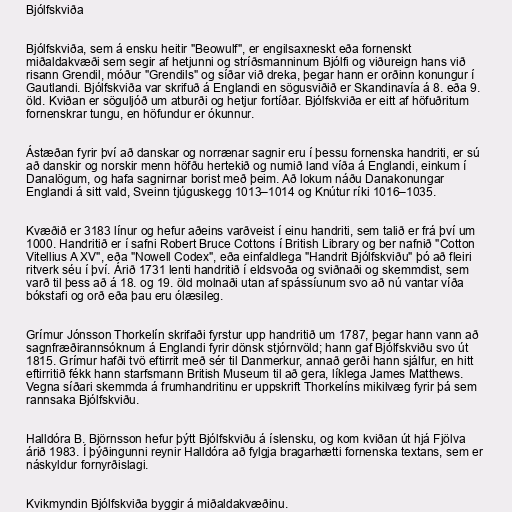
Bjólfskviða

Bjólfskviða, sem á ensku heitir "Beowulf", er engilsaxneskt eða fornenskt
miðaldakvæði sem segir af hetjunni og stríðsmanninum Bjólfi og viðureign hans við
risann Grendil, móður "Grendils" og síðar við dreka, þegar hann er orðinn konungur í
Gautlandi. Bjólfskviða var skrifuð á Englandi en sögusviðið er Skandinavía á 8. eða 9.
öld. Kviðan er söguljóð um atburði og hetjur fortíðar. Bjólfskviða er eitt af höfuðritum
fornenskrar tungu, en höfundur er ókunnur.

Ástæðan fyrir því að danskar og norrænar sagnir eru í þessu fornenska handriti, er sú
að danskir og norskir menn höfðu hertekið og numið land víða á Englandi, einkum í
Danalögum, og hafa sagnirnar borist með þeim. Að lokum náðu Danakonungar
Englandi á sitt vald, Sveinn tjúguskegg 1013–1014 og Knútur ríki 1016–1035.

Kvæðið er 3183 línur og hefur aðeins varðveist í einu handriti, sem talið er frá því um
1000. Handritið er í safni Robert Bruce Cottons í British Library og ber nafnið "Cotton
Vitellius A XV", eða "Nowell Codex", eða einfaldlega "Handrit Bjólfskviðu" þó að fleiri
ritverk séu í því. Árið 1731 lenti handritið í eldsvoða og sviðnaði og skemmdist, sem
varð til þess að á 18. og 19. öld molnaði utan af spássíunum svo að nú vantar víða
bókstafi og orð eða þau eru ólæsileg.

Grímur Jónsson Thorkelín skrifaði fyrstur upp handritið um 1787, þegar hann vann að
sagnfræðirannsóknum á Englandi fyrir dönsk stjórnvöld; hann gaf Bjólfskviðu svo út
1815. Grímur hafði tvö eftirrit með sér til Danmerkur, annað gerði hann sjálfur, en hitt
eftirritið fékk hann starfsmann British Museum til að gera, líklega James Matthews.
Vegna síðari skemmda á frumhandritinu er uppskrift Thorkelíns mikilvæg fyrir þá sem
rannsaka Bjólfskviðu.

Halldóra B. Björnsson hefur þýtt Bjólfskviðu á íslensku, og kom kviðan út hjá Fjölva
árið 1983. Í þýðingunni reynir Halldóra að fylgja bragarhætti fornenska textans, sem er
náskyldur fornyrðislagi.

Kvikmyndin Bjólfskviða byggir á miðaldakvæðinu.